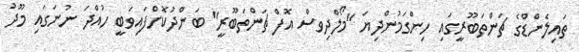
ތައިލެންޑްގެ ޗަންތަބޫރީގައި ހިންގަމުންދިޔަ "މޯލްދިވސް އޮފް ޗަންތަބޫރީ" ބަންދުކޮށްފައިވަބީ ހުއްދަ ނުނަގައި މޫދު